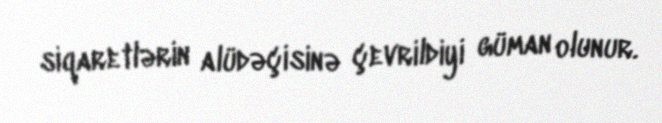
siqaretlərin alüdəçisinə çevrildiyi güman olunur.